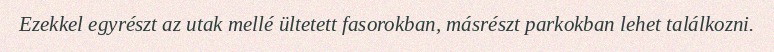
Ezekkel egyrészt az utak mellé ültetett fasorokban, másrészt parkokban lehet találkozni.